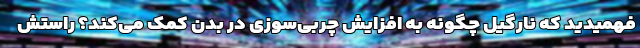
فهمیدید که نارگیل چگونه به افزایش چربی‌سوزی در بدن کمک می‌کند؟ راستش